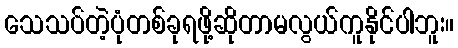
သေသပ်တဲ့ပုံတစ်ခုရဖို့ဆိုတာမလွယ်ကူနိုင်ပါဘူး။